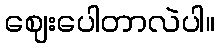
ဈေးပေါတာလဲပါ။